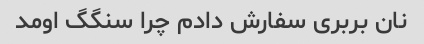
نان بربری سفارش دادم چرا سنگگ اومد